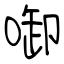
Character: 啣